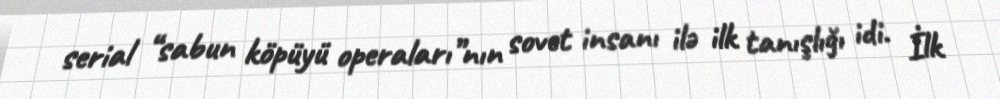
serial “sabun köpüyü operaları”nın sovet insanı ilə ilk tanışlığı idi. İlk